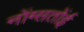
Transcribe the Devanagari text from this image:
नोंग्सतोंई